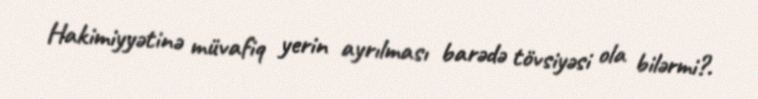
Hakimiyyətinə müvafiq yerin ayrılması barədə tövsiyəsi ola bilərmi?.